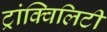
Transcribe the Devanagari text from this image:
ट्रांक्विलिटी